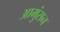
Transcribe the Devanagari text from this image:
आमुंसन